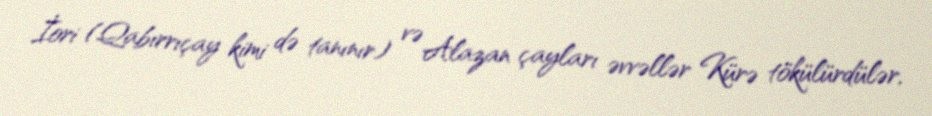
İori (Qabırrıçay kimi də tanınır) və Alazan çayları əvvəllər Kürə tökülürdülər,